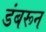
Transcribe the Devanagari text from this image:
डंबरून